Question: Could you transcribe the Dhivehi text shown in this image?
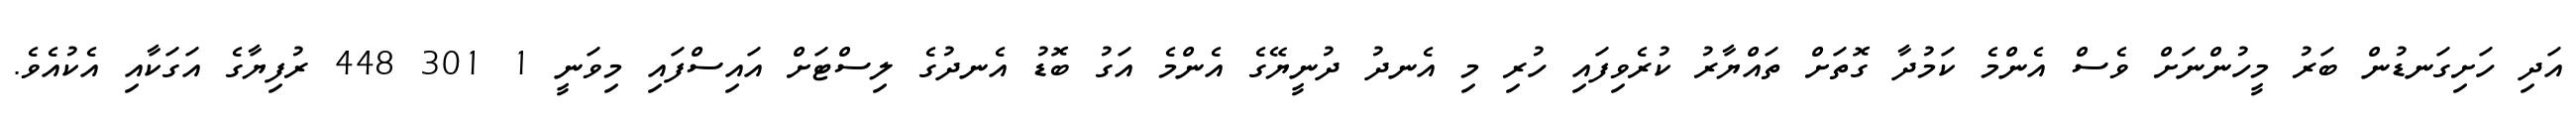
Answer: އަދި ހަށިގަނޑުން ބަރު މީހުންނަށް ވެސް އެންމެ ކަމުދާ ގޮތަށް ތައްޔާރު ކުރެވިފައި ހުރި މި އެނދު ދުނީޔޭގެ އެންމެ އަގު ބޮޑު އެނދުގެ ލިސްޓަށް އައިސްފައި މިވަނީ 1 301 448 ރުފިޔާގެ އަގަކާއި އެކުއެވެ.